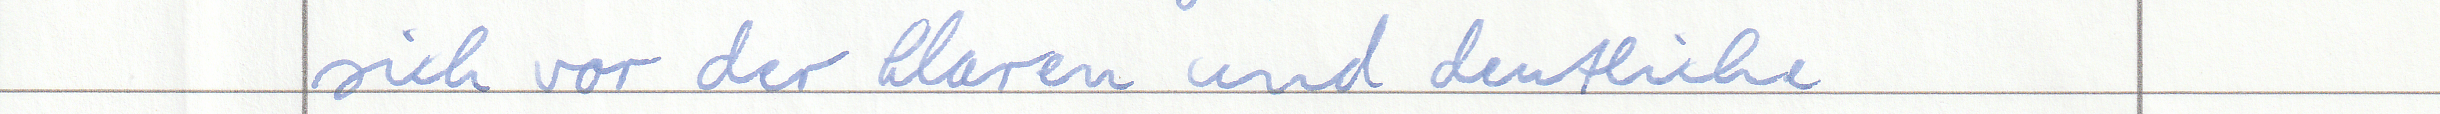
sich vor der klaren und deutliche